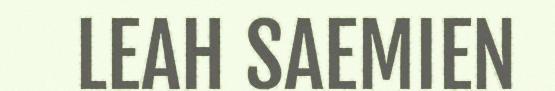
LEAH SAEMIEN